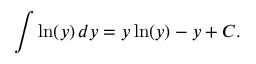
\quad \int \ln ( y ) \, d y = y \ln ( y ) - y + C .